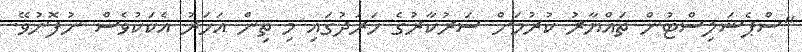
"ސްޕެޝަލިސްޓުން ތައްޔާރު ކުރުމަށް ސަރުކާރުގެ ހަރަދުގައި މި ތިން އަހަރު އެކަކުވެސް ނުފޮނުވޭ.